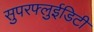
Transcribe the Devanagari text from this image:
सुपरफ्लुईडिटी